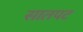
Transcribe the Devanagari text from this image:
सातपट